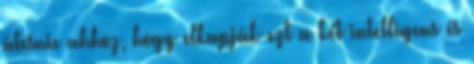
átesnie ahhoz, hogy elkapják ezt a két intelligens és